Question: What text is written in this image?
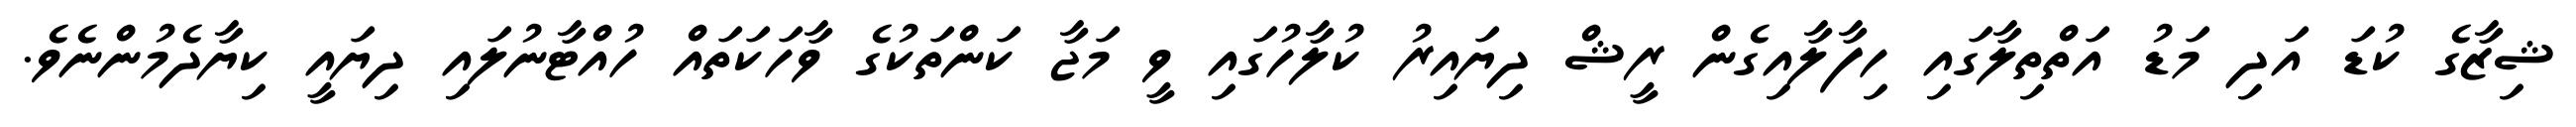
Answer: ޝިޒާގެ ކުޑަ އަދި މަޑު އަތްތިލާގައި ހިފާލާއިގެން ރީޝް ދިޔައިރު ކުލާހުގައި ވީ މަޖާ ކަންތަކުގެ ވާހަކަތައް ހުއްޓާނުލައި ދިޔައީ ކިޔާދެމުންނެވެ.